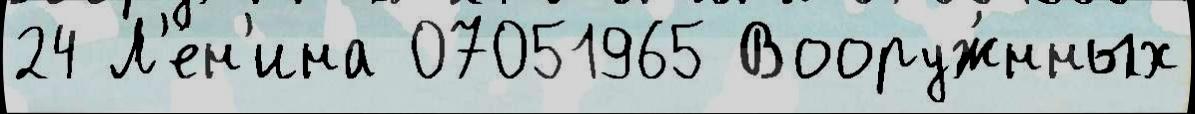
24 Л'е́н'ина 07051965 Вооруж́нных